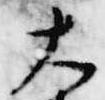
大